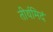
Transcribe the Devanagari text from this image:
तीर्थमिदं